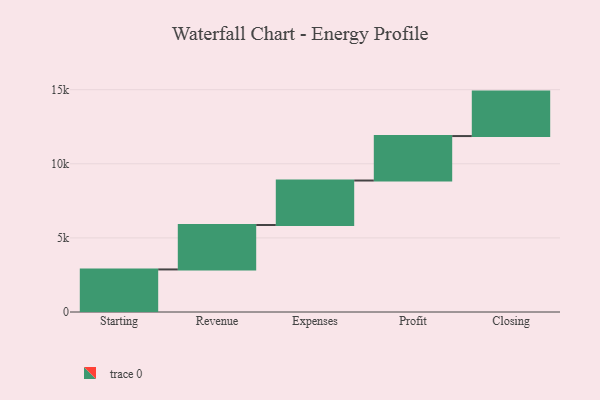
{"axis": {"x": "Step", "y": "Value"}, "legend": [""], "data": [{"x": "Starting", "y": 2872.0, "type": ""}, {"x": "Revenue", "y": 3000, "type": ""}, {"x": "Expenses", "y": 3000, "type": ""}, {"x": "Profit", "y": 3000, "type": ""}, {"x": "Closing", "y": 3000, "type": ""}]}